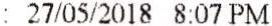
: 27/05/2018 8:07 PM